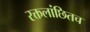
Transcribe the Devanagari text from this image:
रक्तलांछितच